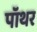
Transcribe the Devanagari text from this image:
पॉथर